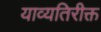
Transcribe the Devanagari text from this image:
याव्यतिरीक्त